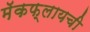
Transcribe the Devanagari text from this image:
मॅकफ्लायची